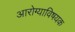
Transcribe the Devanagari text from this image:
आरोग्याविषयक